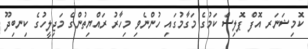
ކޮމިޝަނަރ އޮފް ޕޮލިސް ކަމުގެ މަގާމުގައި ހުންނެވި މިހާރު ރައްޔިތުންގެ މަޖިލީހުގެ ކިނބިދޫ